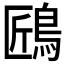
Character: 𪀘